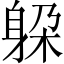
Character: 躱